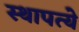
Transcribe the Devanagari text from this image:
स्थापत्ये